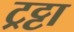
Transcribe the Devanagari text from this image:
ट्रट्टा